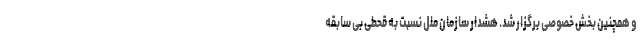
و همچنین بخش خصوصی برگزار شد. هشدار سازمان ملل نسبت به قحطی بی سابقه